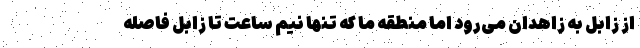
از زابل به زاهدان می‌رود اما منطقه ما که تنها نیم ساعت تا زابل فاصله